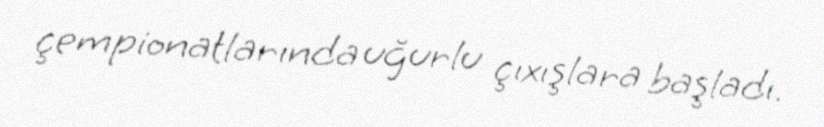
çempionatlarında uğurlu çıxışlara başladı.